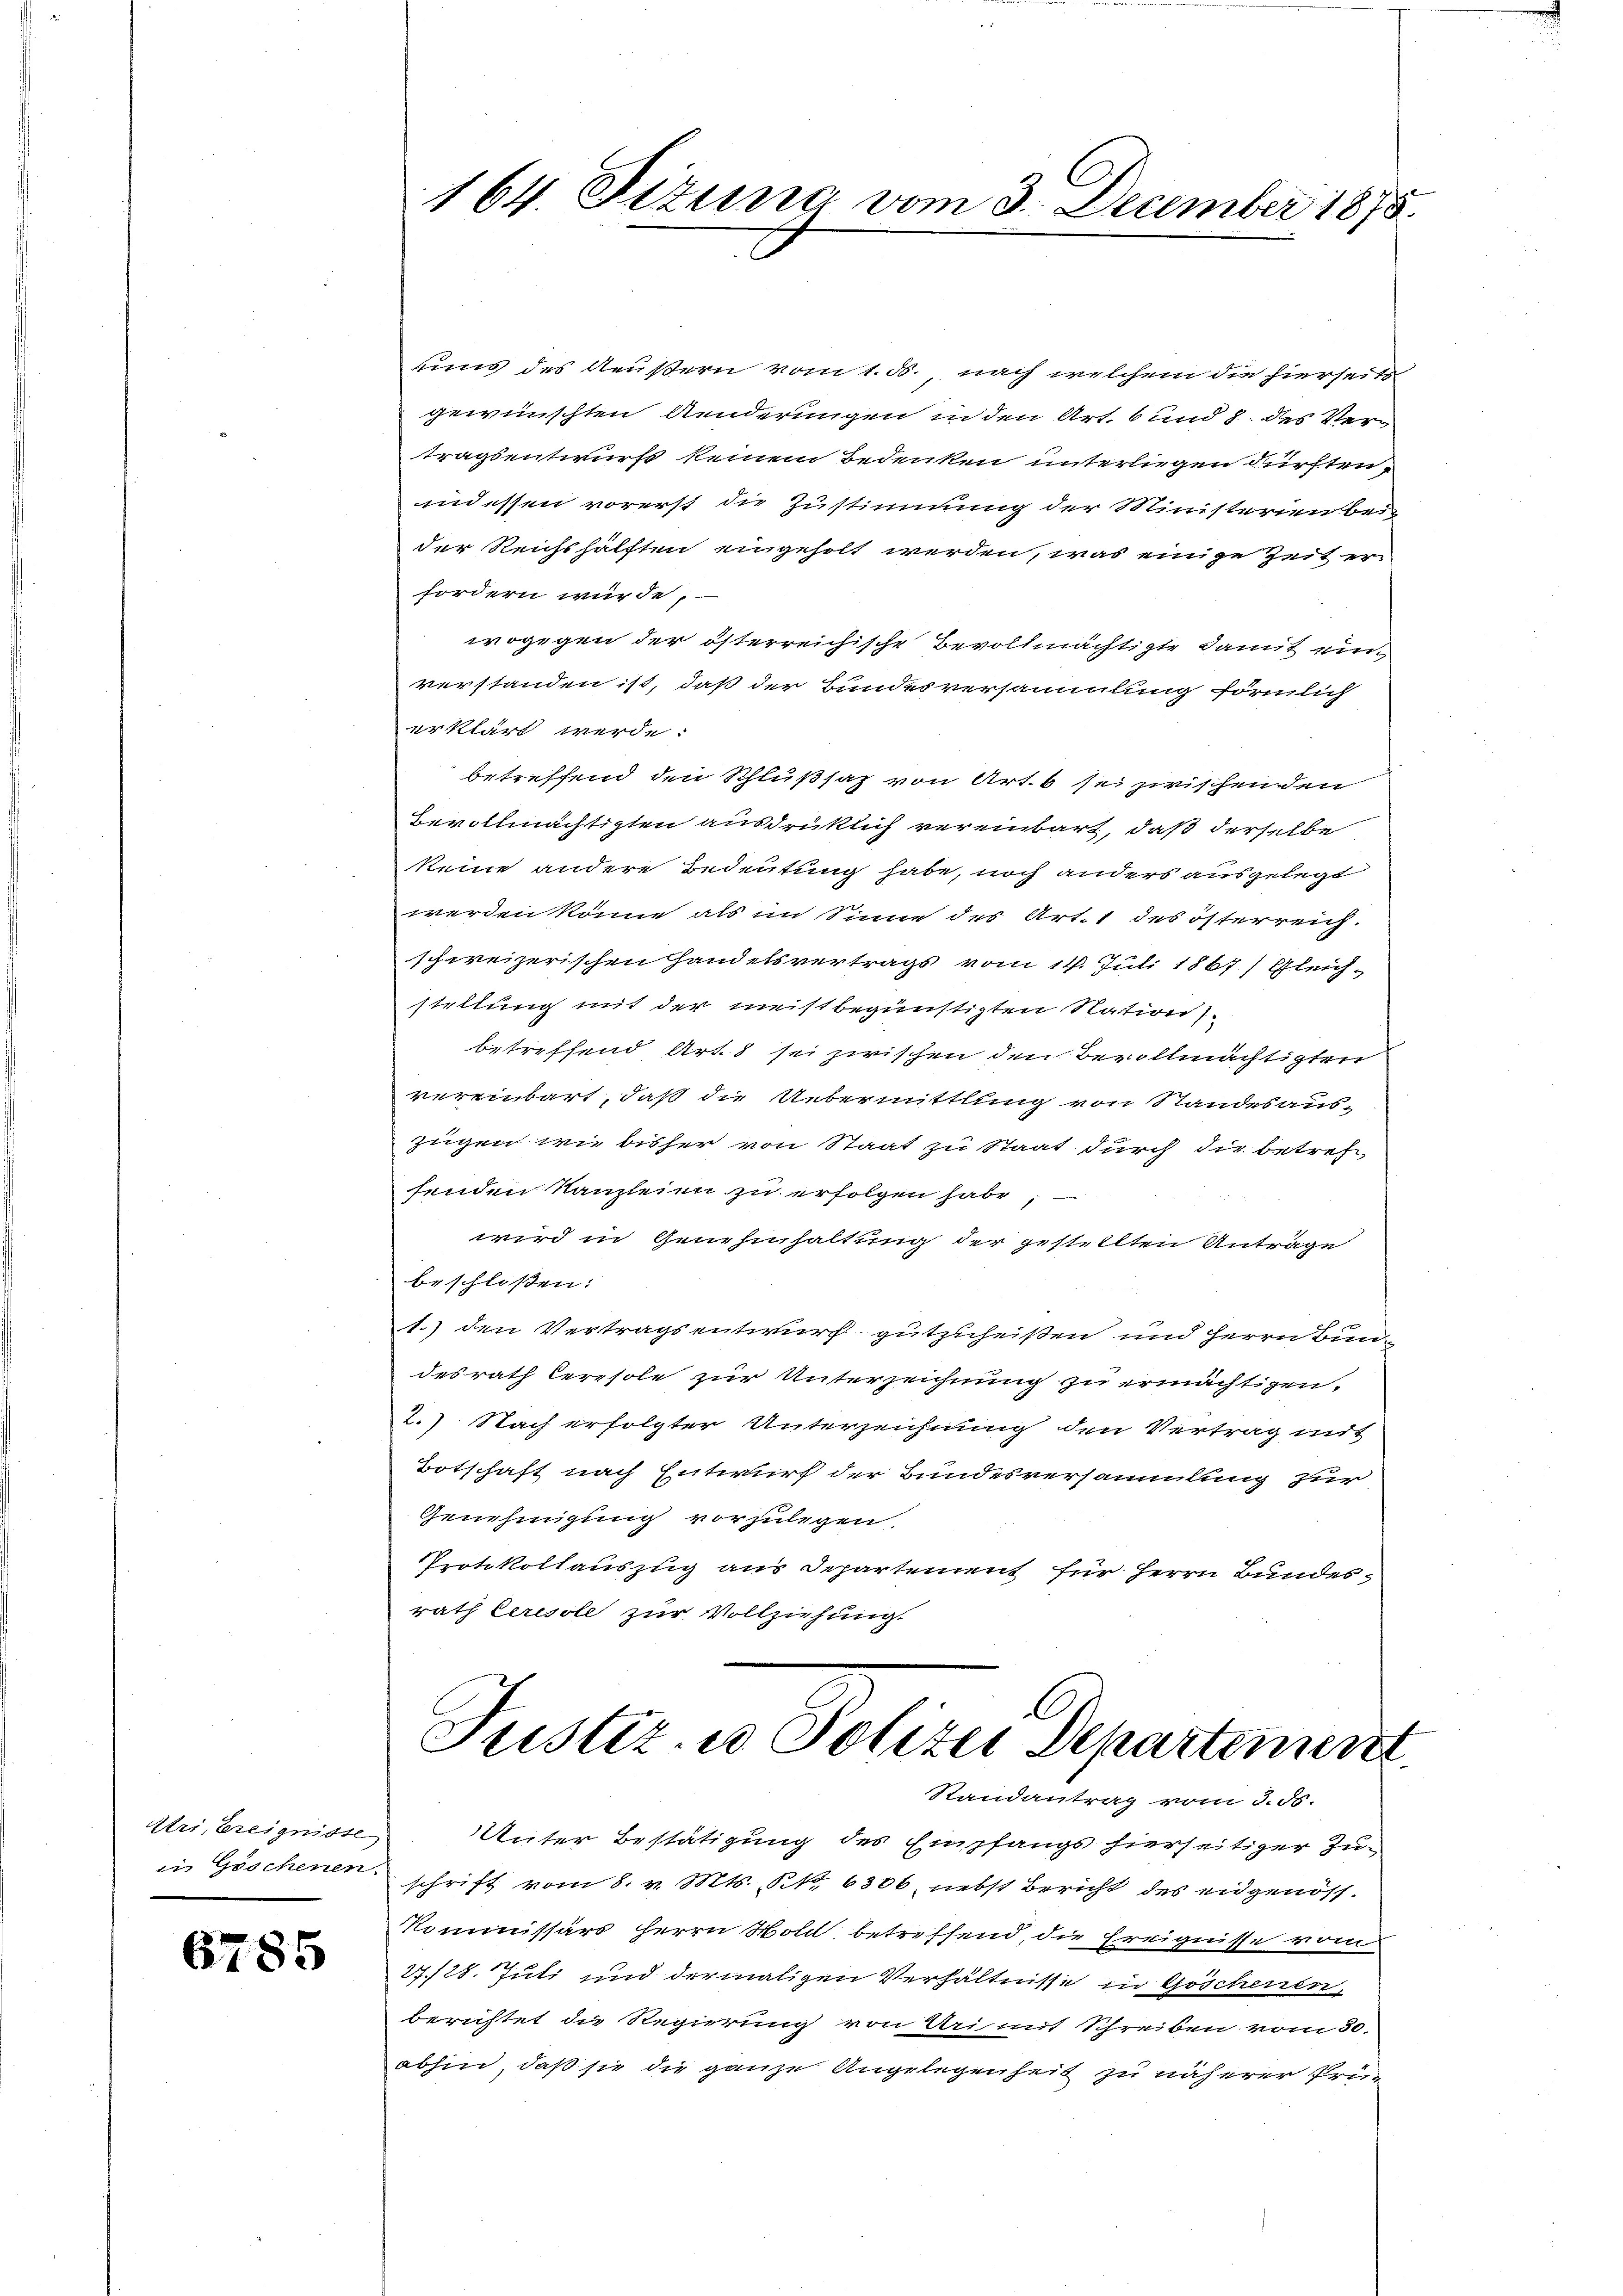
Atri, Ereignisse

6785

164. Sizung vom 3. December 1875.

uuns des Aeußern vom 1. d., nach welchem die hierseits
gewünschten Aenderungen in den Art. 6 und 7. des Vertragsentwurfs keinem Bedenken unterliegen dürften,
indessen vorerst die Zustimmung der Ministerien bei
der Reichshälften eingeholt werden, was einige Zeit er
fordern würde;
wogegen der österreichische Bevollmächtigte damit einverstanden ist, daß der Bundesversammlung förmlich
erklärt werde.
betreffend den Schlußsatz von Art. 6 sei zwischenden
Bevollmächtigten ausdrüklich vereinbart, daß derselbe
keine andere Bedeutung habe, noch anders ausgelegt
werden könne als im Sinne des Art. 1 des österreich-
schweizerischen Handelsvertrags vom 14. Juli 1867.) Gleich-
stellung mit der meistbegünstigten Nation
betreffend Art. 8 sei zwischen den Bevollmächtigten
vereinbart, daß die Uebermittlung von Standesaus-
zügen wie bisher von Staat zu Staat durch die betref
senden Kanzleien zu erfolgen habe,
wird in Genehmhaltung der gestellten Anträge
beschloßen:
1.) den Vertragsentwurf gutzuheißen und Herrn Bun-
desrath Ceresole zur Unterzeichnung zu ermächtigen.
2.) Nach erfolgter Unterzeichnung den Vertrag mit
Totschaft nach Entwurf der Bundesversammlung zur
Genehmigung vorzulegen.
Protokollauszug aus Departement für Herrn Bundesrath Ceresole zur Vollziehung.
Justiz- u Polizei Departement

Randantrag vom 3. ds.

Unter Bestätigung des Empfangs hierseitiger Zui Göschenen schrift vom 8. v. Mts. P. Nr. 6306, nebst Bericht des eidgenöss.
Kommissärs herrn Moll betreffend, die Ereignisse vom
27/28. Juli sind dermaligen Verhältnisse in Göschenen,
berichtet die Regierung von Uri mit Schreiben vom 30.
abhin, daß sie die ganze Angelegenheit zu näherer Prü¬